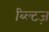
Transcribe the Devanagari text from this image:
ब्ल्टिज़